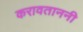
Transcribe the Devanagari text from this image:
करावताननी